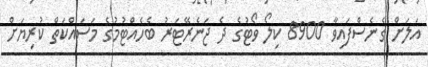
އަލަށް ގެނެސްފައިވާ 8900 ކިލޯ ވޯޓުގެ ދެ ޖަނެރޭޓަރު ބެހެއްޓުމުގެ މަސައްކަތް ކުރިޔަށް